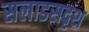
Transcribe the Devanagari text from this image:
सलाडसदृश